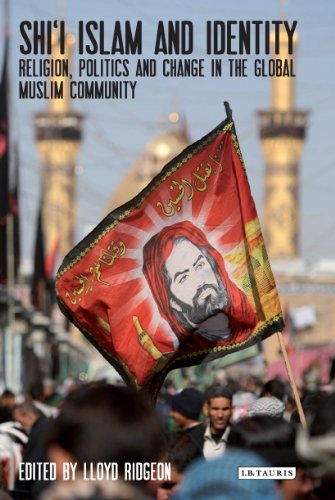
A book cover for Shi'i Islam and Identity: Religion, Politics and Change in the Global Muslim Community (Library of Modern Religion); Lloyd Ridgeon; Religion & Spirituality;